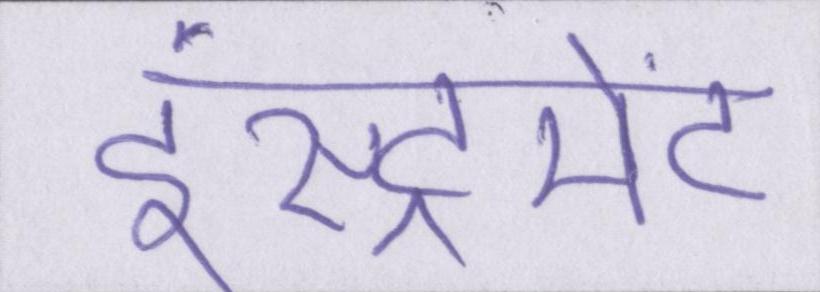
इंस्ट्रूमेंट